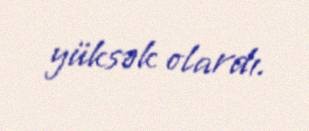
yüksək olardı.